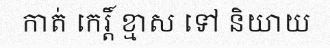
កាត់ កេរ្តិ៍ ខ្មាស ទៅ និយាយ